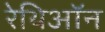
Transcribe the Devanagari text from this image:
रेथिऑन